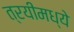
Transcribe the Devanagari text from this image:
त्रयीमध्ये